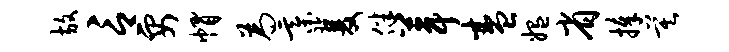
放言要帽为綦双伴葺盛媪省捧莫